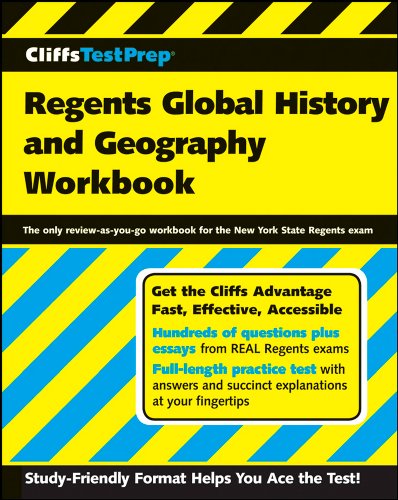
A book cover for CliffsTestPrep Regents Global History and Geography Workbook; American BookWorks Corporation; Test Preparation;